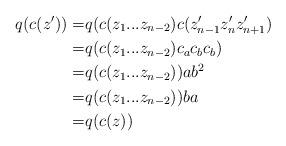
\begin{align*}q(c(z'))=& q(c(z_1...z_{n-2})c(z_{n-1}'z_n'z_{n+1}') \\=& q(c(z_1...z_{n-2})c_ac_bc_b) \\=& q(c(z_1...z_{n-2}))ab^2 \\=& q(c(z_1...z_{n-2}))ba \\=& q(c(z))\end{align*}